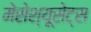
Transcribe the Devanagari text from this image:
मेसेश्यूसेट्स